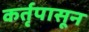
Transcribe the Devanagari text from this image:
कर्तृपासून